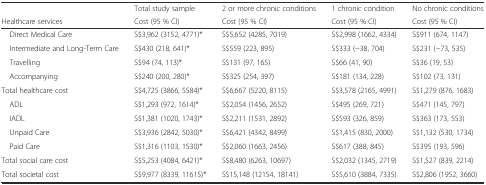
|  | Total study sample | 2 or more chronic conditions | 1 chronic condition | No chronic conditions |
 | Healthcare services | Cost (95 % CI) | Cost (95 % CI) | Cost (95 % CI) | Cost (95 % CI) |
 | --- | --- | --- | --- | --- |
 | Direct Medical Care | S$3,962 (3152, 4771)* | S$5,652 (4285, 7019) | S$2,998 (1662, 4334) | S$911 (674, 1147) |
 | Intermediate and Long-Term Care | S$430 (218, 641)* | S$559 (223, 895) | S$333 (−38, 704) | S$231 (−73, 535) |
 | Travelling | S$94 (74, 113)* | S$131 (97, 165) | S$66 (41, 90) | S$36 (19, 53) |
 | Accompanying | S$240 (200, 280)* | S$325 (254, 397) | S$181 (134, 228) | S$102 (73, 131) |
 | Total healthcare cost | S$4,725 (3866, 5584)* | S$6,667 (5220, 8115) | S$3,578 (2165, 4991) | S$1,279 (876, 1683) |
 | ADL | S$1,293 (972, 1614)* | S$2,054 (1456, 2652) | S$495 (269, 721) | S$471 (145, 797) |
 | IADL | S$1,381 (1020, 1743)* | S$2,211 (1531, 2892) | S$593 (326, 859) | S$363 (173, 553) |
 | Unpaid Care | S$3,936 (2842, 5030)* | S$6,421 (4342, 8499) | S$1,415 (830, 2000) | S$1,132 (530, 1734) |
 | Paid Care | S$1,316 (1103, 1530)* | S$2,060 (1663, 2456) | S$617 (388, 845) | S$395 (193, 596) |
 | Total social care cost | S$5,253 (4084, 6421)* | S$8,480 (6263, 10697) | S$2,032 (1345, 2719) | S$1,527 (839, 2214) |
 | Total societal cost | S$9,977 (8339, 11615)* | S$15,148 (12154, 18141) | S$5,610 (3884, 7335) | S$2,806 (1952, 3660) |